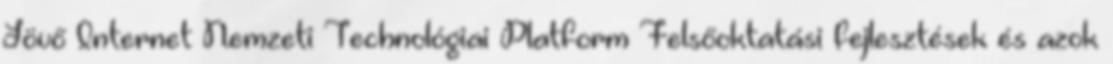
Jövő Internet Nemzeti Technológiai Platform Felsőoktatási fejlesztések és azok